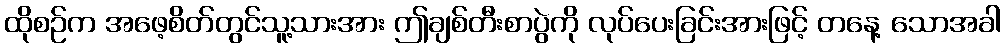
ထိုစဉ်က အဖေ့စိတ်တွင်သူ့သားအား ဤချစ်တီးစာပွဲကို လုပ်ပေးခြင်းအားဖြင့် တနေ့ သောအခါ